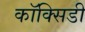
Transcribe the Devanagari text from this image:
कॉक्सिडी